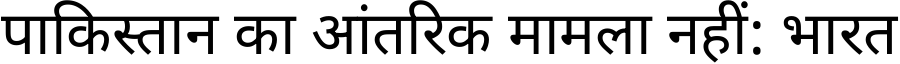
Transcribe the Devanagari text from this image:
पाकिस्तान का आंतरिक मामला नहीं: भारत